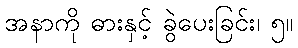
အနာကို ဓားနှင့် ခွဲပေးခြင်း၊ ၅။